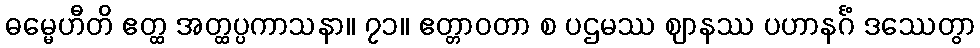
ဓမ္မေဟီတိ ဧတ္ထ အတ္ထပ္ပကာသနာ။ ၇၁။ ဧတ္တာဝတာ စ ပဌမဿ ဈာနဿ ပဟာနင်္ဂံ ဒဿေတွာ